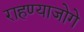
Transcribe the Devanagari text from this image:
राहण्याजोगे